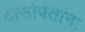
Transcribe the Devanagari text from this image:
दासोपंतांना